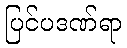
ပြင်ပဒဏ်ရာ